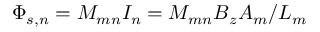
\Phi _ { s , n } = M _ { m n } I _ { n } = M _ { m n } B _ { z } A _ { m } / L _ { m }